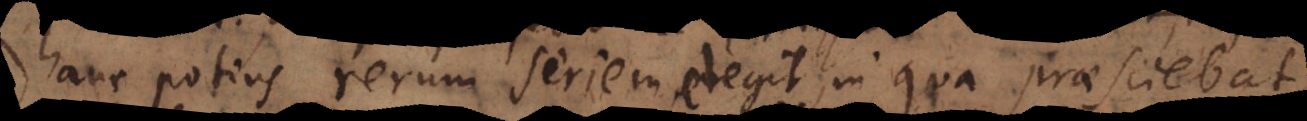
hanc potius rerum seriem elegit, in qua praesciebat,